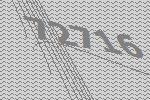
72716